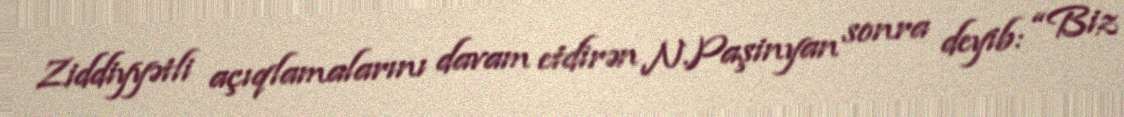
Ziddiyyətli açıqlamalarını davam etdirən N.Paşinyan sonra deyib: “Biz